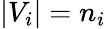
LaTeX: |V_{i}|=n_{i}